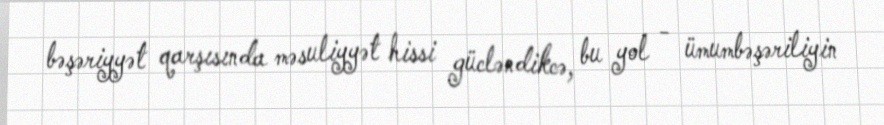
bəşəriyyət qarşısında məsuliyyət hissi gücləndikcə, bu yol - ümumbəşəriliyin